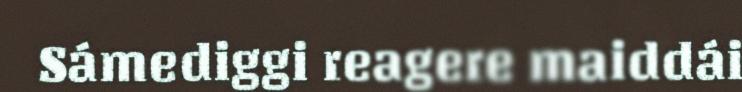
Sámediggi reagere maiddái